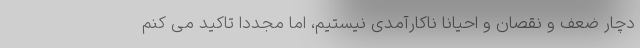
دچار ضعف و نقصان و احیانا ناکارآمدی نیستیم، اما مجددا تاکید می کنم